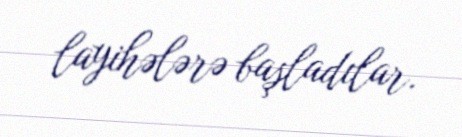
layihələrə başladılar.